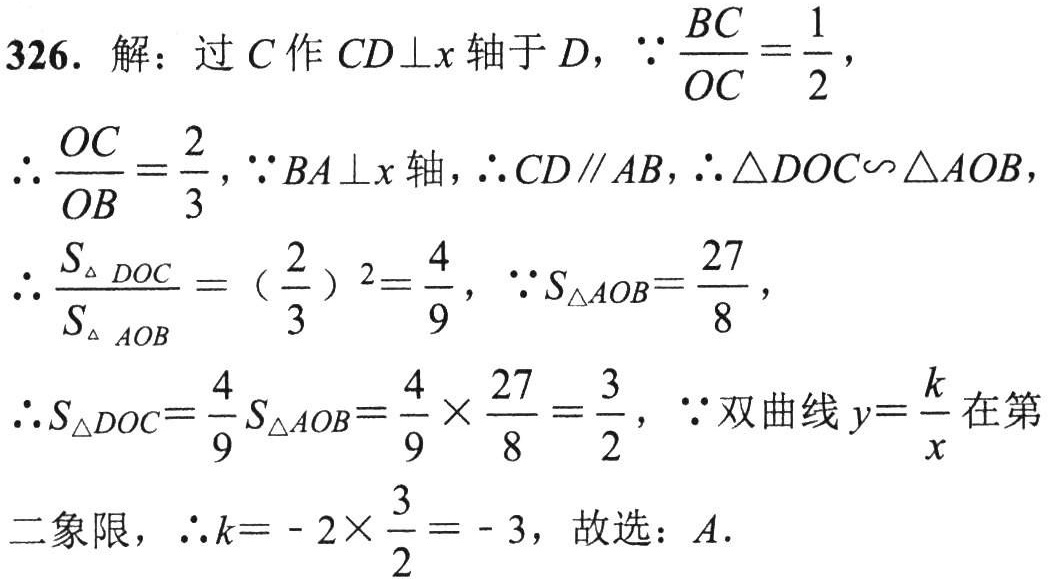
326. 解：过 \(C\) 作 \(CD\perp x\) 轴于 \(D\)，\(\because\frac{BC}{OC}=\frac{1}{2}\)，

\(\therefore\frac{OC}{OB}=\frac{2}{3}\)，\(\because BA\perp x\) 轴，\(\therefore CD\parallel AB\)，\(\therefore\triangle DOC\sim\triangle AOB\)，

\(\therefore\frac{S_{\triangle DOC}}{S_{\triangle AOB}} = (\frac{2}{3})^2=\frac{4}{9}\)，\(\because S_{\triangle AOB}=\frac{27}{8}\)，

\(\therefore S_{\triangle DOC}=\frac{4}{9}S_{\triangle AOB}=\frac{4}{9}\times\frac{27}{8}=\frac{3}{2}\)，\(\because\) 双曲线 \(y = \frac{k}{x}\) 在第

二象限，\(\therefore k=-2\times\frac{3}{2}=-3\)，故选：\(A\).